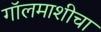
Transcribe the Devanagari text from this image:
गॉलमाशीचा